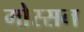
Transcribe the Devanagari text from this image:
गोस्सन